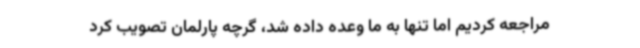
مراجعه کردیم اما تنها به ما وعده داده شد، گرچه پارلمان تصویب کرد